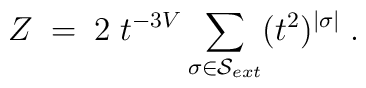
Z \; = \; 2 \; t^{-3V} \sum_{\sigma \in {\cal S}_{ext} } (t^2)^{|\sigma|} \; .